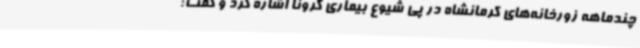
چندماهه زورخانه‌های کرمانشاه در پی شیوع بیماری کرونا اشاره کرد و گفت: